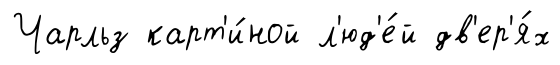
Чарльз карт'и́ной л'юд'е́й дв'ер'я́х